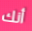
أنك